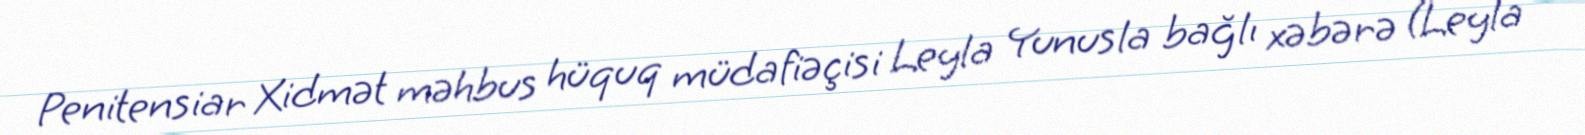
Penitensiar Xidmət məhbus hüquq müdafiəçisi Leyla Yunusla bağlı xəbərə (Leyla